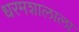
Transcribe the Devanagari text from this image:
धरमशालाला